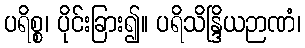
ပရိစ္စ၊ ပိုင်းခြား၍။ ပရိသိန္ဒြိယဉာဏံ၊